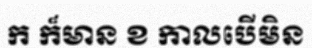
ក ក៏មាន ខ កាលបើមិន